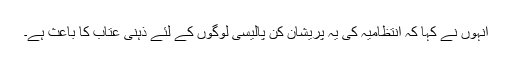
انہوں نے کہا کہ انتظامیہ کی یہ پریشان کن پالیسی لوگوں کے لئے ذہنی عتاب کا باعث ہے۔